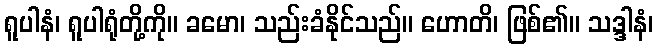
ရူပါနံ၊ ရူပါရုံတို့ကို။ ခမော၊ သည်းခံနိုင်သည်။ ဟောတိ၊ ဖြစ်၏။ သဒ္ဒါနံ၊